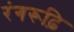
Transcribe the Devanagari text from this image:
रंगरूढ़ि